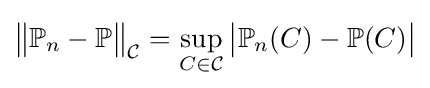
{\bigl \|}\mathbb {P} _{n}-\mathbb {P} {\bigr \|}_{\mathcal {C}}=\sup _{C\in {\mathcal {C}}}{\bigl |}\mathbb {P} _{n}(C)-\mathbb {P} (C){\bigr |}